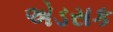
એડસક